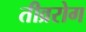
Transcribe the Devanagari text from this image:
तीव्ररोग